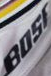
BOSE